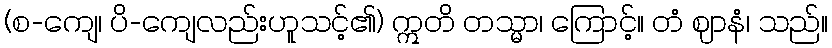
(စ-ကျေ၊ ပိ-ကျေလည်းဟူသင့်၏) ဣတိ တသ္မာ၊ ကြောင့်။ တံ ဈာနံ၊ သည်။